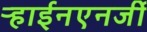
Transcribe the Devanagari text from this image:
ऱ्हाईनएनर्जी